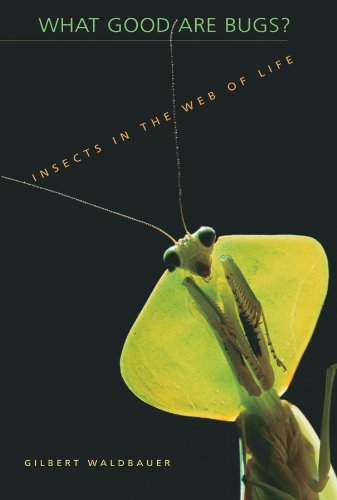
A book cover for What Good Are Bugs?: Insects in the Web of Life; Gilbert Waldbauer; Sports & Outdoors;